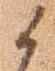
候